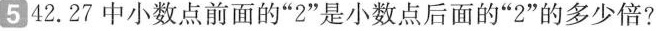
5 42.27 中小数点前面的“2”是小数点后面的“2”的多少倍?